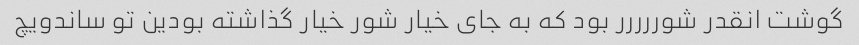
گوشت انقدر شوررررر بود که به جاى خیار شور خیار گذاشته بودین تو ساندویچ